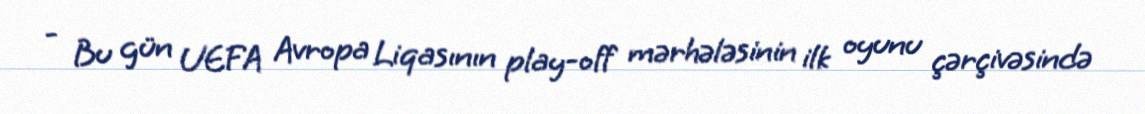
- Bu gün UEFA Avropa Liqasının play-off mərhələsinin ilk oyunu çərçivəsində